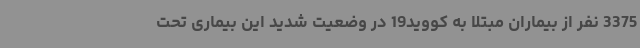
3375 نفر از بیماران مبتلا به کووید19 در وضعیت شدید این بیماری تحت